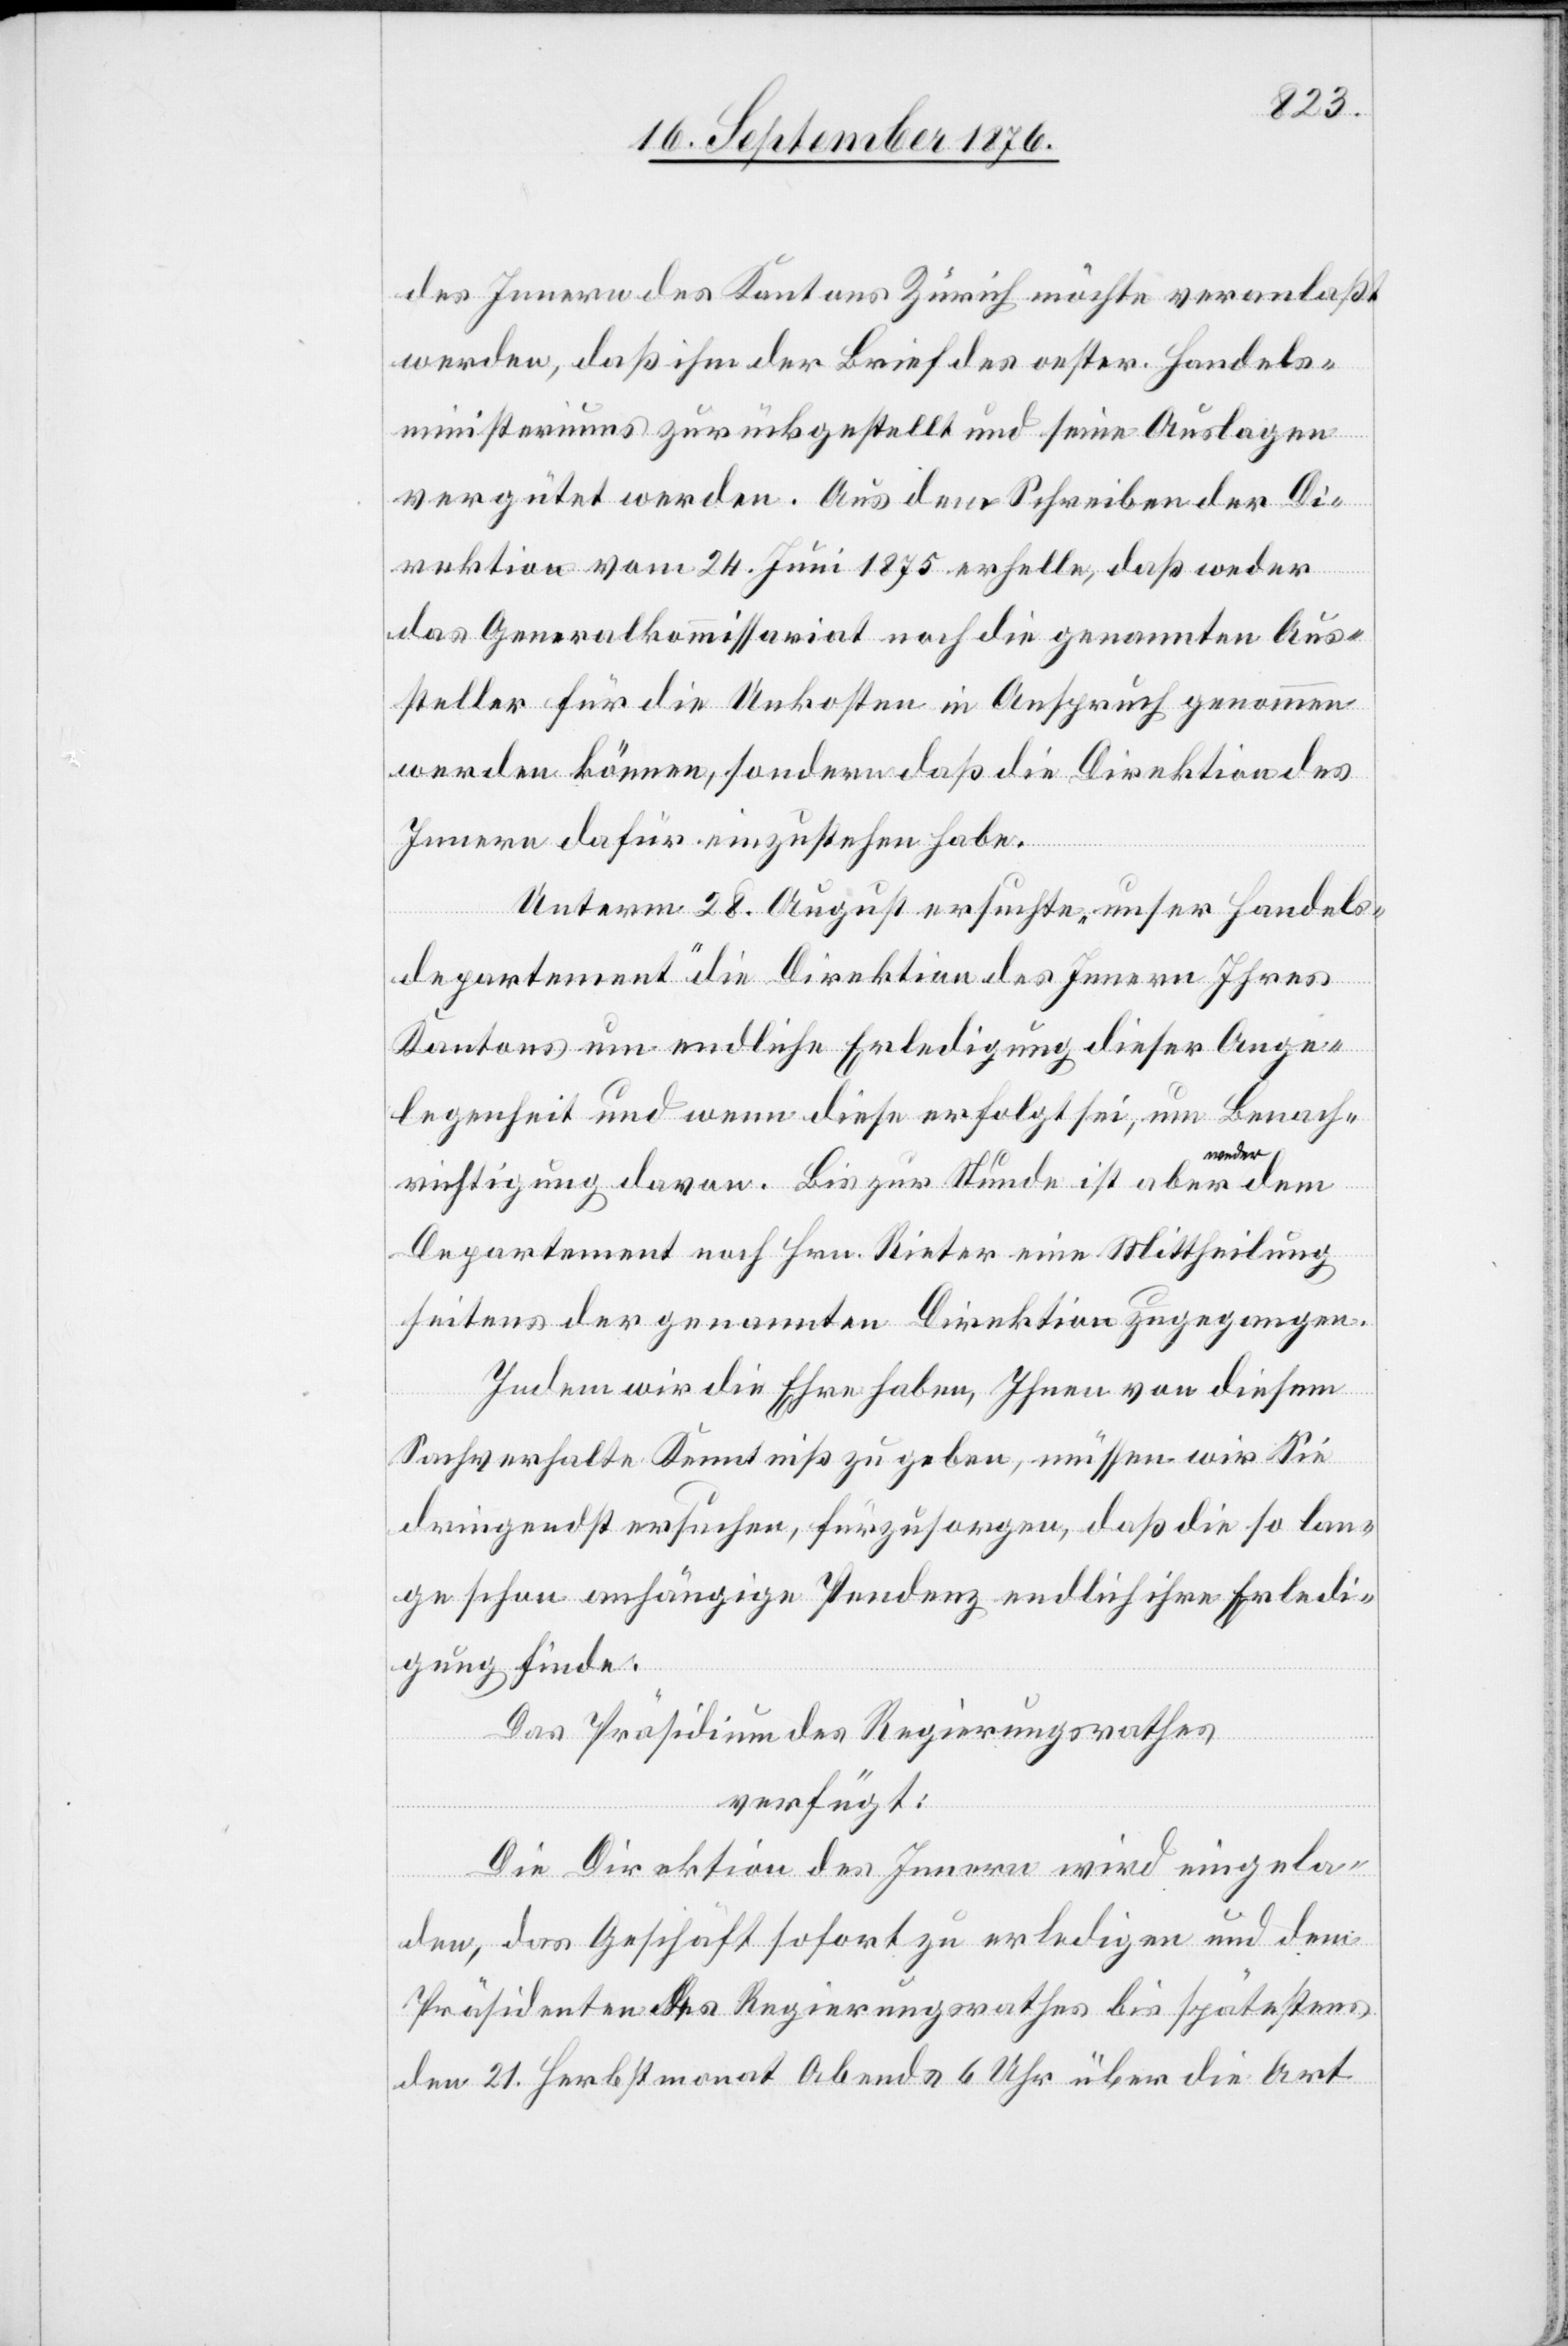
des Innern des Kantons Zürich möchte veranlaßt
werden, daß ihm der Brief des oester. Handels¬
ministeriums zurückgestellt und seine Auslagen
vergütet werden. Aus dem Schreiben der Di¬
rektion vom 24. Juni 1875 erhelle, daß weder
das Generalkommissariat noch die genannten Aus¬
steller für die Unkosten in Anspruch genommen
werden können, sondern daß die Direktion des
Innern dafür einzustehen habe.
Unterm 28. August ersuchte „unser Handels¬
departement“ die Direktion des Innern ihres
Kantons um endliche Erledigung dieser Ange¬
legenheit und wenn diese erfolgt sei, um Benach¬
weder
a
richtigung davon. Bis zur Stunde ist aber a
Departement noch Hrn. Rieter eine Mittheilung
seitens der genannten Direktion zugegangen.
Indem wir die Ehre haben, Ihnen von diesem
Sachverhalte Kenntnis zu geben, müssen wir Sie
dringendst ersuchen, fürzusorgen, daß die so lan¬
ge schon anhängige Pendenz endlich ihre Erledi¬
gung finde.
Das Präsidium des Regierungsrathes
verfügt:
Die Direktion des Innern wird eingela¬
den, das Geschäft sofort zu erledigen und dem
Präsidenten des Regierungsrathes bis spätestens
den 21. Herbstmonat Abends 6 Uhr über die Art